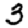
Digit: 3